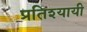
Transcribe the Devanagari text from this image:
प्रतिश्यायी